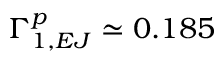
\Gamma _ { 1 , E J } ^ { p } \simeq 0 . 1 8 5